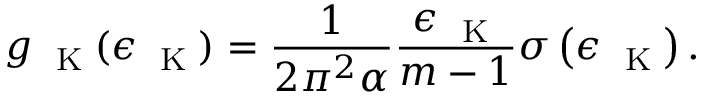
g _ { \mathrm { ~ \tiny ~ K ~ } } ( \epsilon _ { \mathrm { ~ \tiny ~ K ~ } } ) = \frac { 1 } { 2 \pi ^ { 2 } \alpha } \frac { \epsilon _ { \mathrm { ~ \tiny ~ K ~ } } } { m - 1 } \sigma \left( { \epsilon _ { \mathrm { ~ \tiny ~ K ~ } } } \right) .